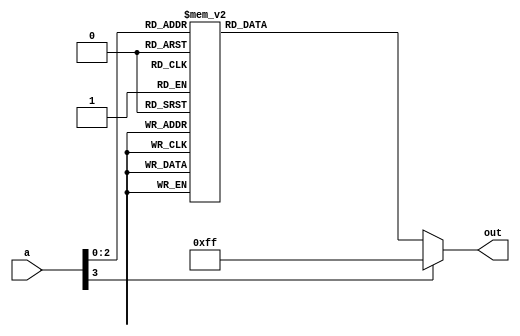
module unique_case (
    input wire [3:0] a,
    output reg [7:0] out
);

always @* begin
    case (a)
        4'b0000: out = 8'b00000001;
        4'b0001: out = 8'b00000010;
        4'b0010: out = 8'b00000100;
        4'b0011: out = 8'b00001000;
        4'b0100: out = 8'b00010000;
        4'b0101: out = 8'b00100000;
        4'b0110: out = 8'b01000000;
        4'b0111: out = 8'b10000000;
        default: out = 8'b11111111;
    endcase
end

endmodule